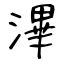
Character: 滭